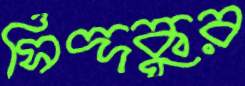
সিদ্দকুর